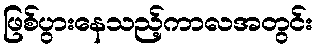
ဖြစ်ပွားနေသည့်ကာလအတွင်း